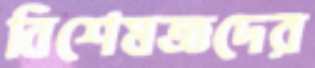
বিশেষজ্ঞদের